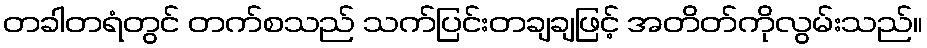
တခါတရံတွင် တက်စသည် သက်ပြင်းတချချဖြင့် အတိတ်ကိုလွမ်းသည်။